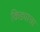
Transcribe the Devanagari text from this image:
किड्याचा